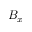
B _ { x }